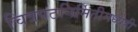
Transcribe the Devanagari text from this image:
चित्रपटनिर्मितीमध्येही